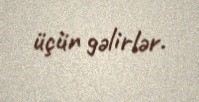
üçün gəlirlər.